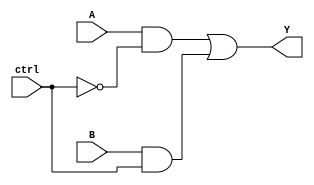
module xor_gate (
    input wire A,
    input wire B,
    input wire ctrl,
    output reg Y
);

    assign Y = (A & ~ctrl) | (B & ctrl);

endmodule